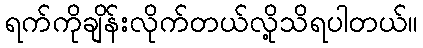
ရက်ကိုချိန်းလိုက်တယ်လို့သိရပါတယ်။